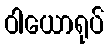
ဝါယောရုပ်